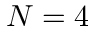
N = 4